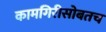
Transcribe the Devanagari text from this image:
कामगिरीसोबतच